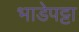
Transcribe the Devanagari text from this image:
भाडेपट्टा